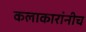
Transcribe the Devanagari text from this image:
कलाकारांनीच